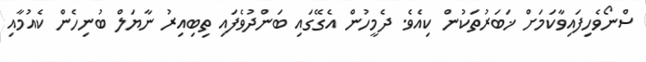
ސްނޯވެހިފައިވާކަމަށް ޚަބަރުތަކުން ކިއެވެ. ދެމީހުން އެގޭގައި ބަންދުވެފައި ތިބިއިރު ނާޔަލް ބުނިހެން ކެއުމާއި